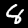
Label: 8